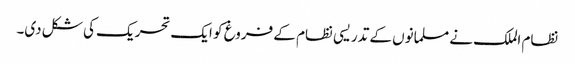
نظام الملک نے مسلمانوں کے تدریسی نظام کے فروغ کو ایک تحریک کی شکل دی۔